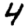
Digit: 4